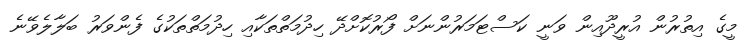
މީގެ އިތުރުން އުރީދޫއިން ވަނީ ކަސްޓަމަރުންނަށް ފޯރުކޮށްދޭ ހިދުމަތްތަކާއި ހިދުމަތްތަކުގެ ފެންވަރު ބަލާލެވޭނެ